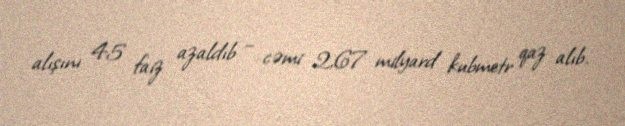
alışını 45 faiz azaldıb – cəmi 2,67 milyard kubmetr qaz alıb.